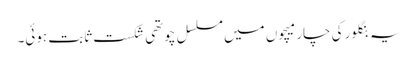
یہ بنگلور کی چار میچوں میں مسلسل چوتھی شکست ثابت ہوئی۔